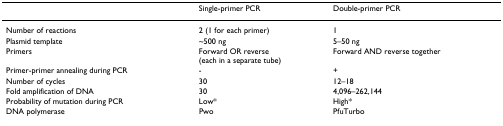
<table><thead><tr><td></td><td><b>Single-primer PCR</b></td><td><b>Double-primer PCR</b></td></tr></thead><tbody><tr><td>Number of reactions</td><td>2 (1 for each primer)</td><td>1</td></tr><tr><td>Plasmid template</td><td>~500 ng</td><td>5–50 ng</td></tr><tr><td>Primers</td><td>Forward OR reverse(each in a separate tube)</td><td>Forward AND reverse together</td></tr><tr><td>Primer-primer annealing during PCR</td><td>-</td><td>+</td></tr><tr><td>Number of cycles</td><td>30</td><td>12–18</td></tr><tr><td>Fold amplification of DNA</td><td>30</td><td>4,096–262,144</td></tr><tr><td>Probability of mutation during PCR</td><td>Low*</td><td>High*</td></tr><tr><td>DNA polymerase</td><td>Pwo</td><td>PfuTurbo</td></tr></tbody></table>